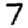
Digit: 7